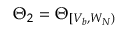
\Theta _ { 2 } = \Theta _ { [ V _ { b } , W _ { N } ) }